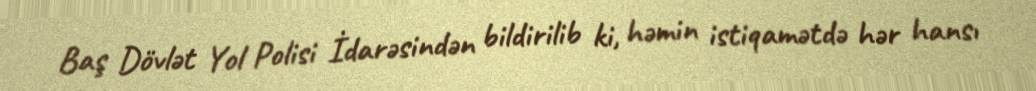
Baş Dövlət Yol Polisi İdarəsindən bildirilib ki, həmin istiqamətdə hər hansı